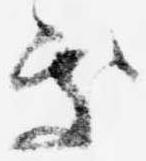
処